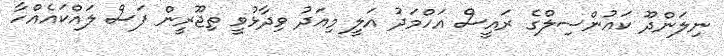
ނިލަންދޫ ކައުންސިލްގެ ރައީސް އަހްމަދު އަލީ މިއަދު ވިދާޅުވީ ތިޖޫރީން ފަސް ލައްކައެއްހާ